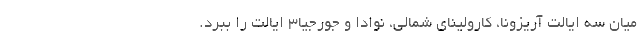
میان سه ایالت آریزونا، کارولینای شمالی، نوادا و جورجیا۳ ایالت را ببرد.